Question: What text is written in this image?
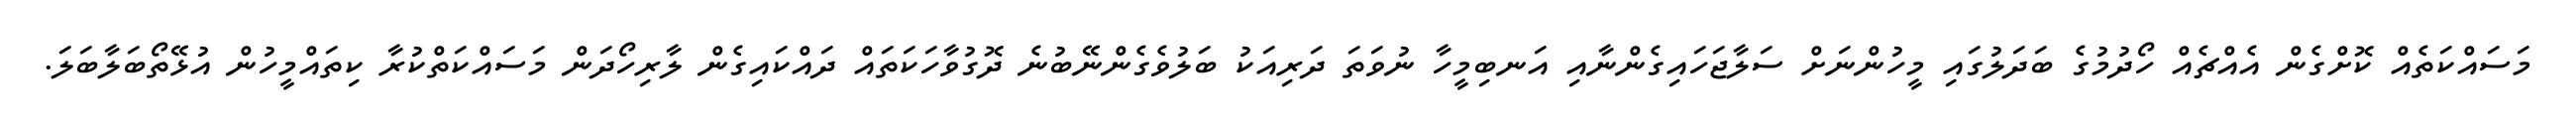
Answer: މަސައްކަތެއް ކޮށްގެން އެއްޗެއް ހޯދުމުގެ ބަދަލުގައި މީހުންނަށް ސަލާޖަހައިގެންނާއި އަނބިމީހާ ނުވަތަ ދަރިއަކު ބަލުވެގެންނޭބުނެ ދޮގުވާހަކަތައް ދައްކައިގެން ލާރިހޯދަން މަސައްކަތްކުރާ ކިތައްމީހުން އުޅޭތޯބަލާބަލަ.